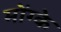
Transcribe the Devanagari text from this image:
मोंग्के